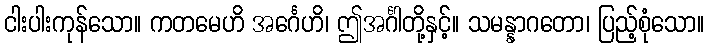
ငါးပါးကုန်သော။ ကတမေဟိ အင်္ဂေဟိ၊ ဤအင်္ဂါတို့နှင့်။ သမန္နာဂတော၊ ပြည့်စုံသော။